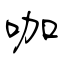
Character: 咖